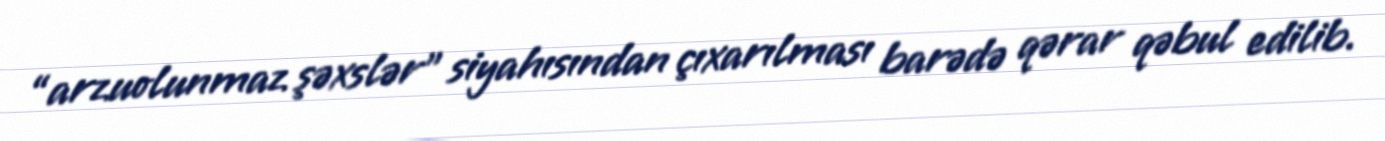
“arzuolunmaz şəxslər” siyahısından çıxarılması barədə qərar qəbul edilib.